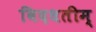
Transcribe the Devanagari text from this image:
विदधतीम्